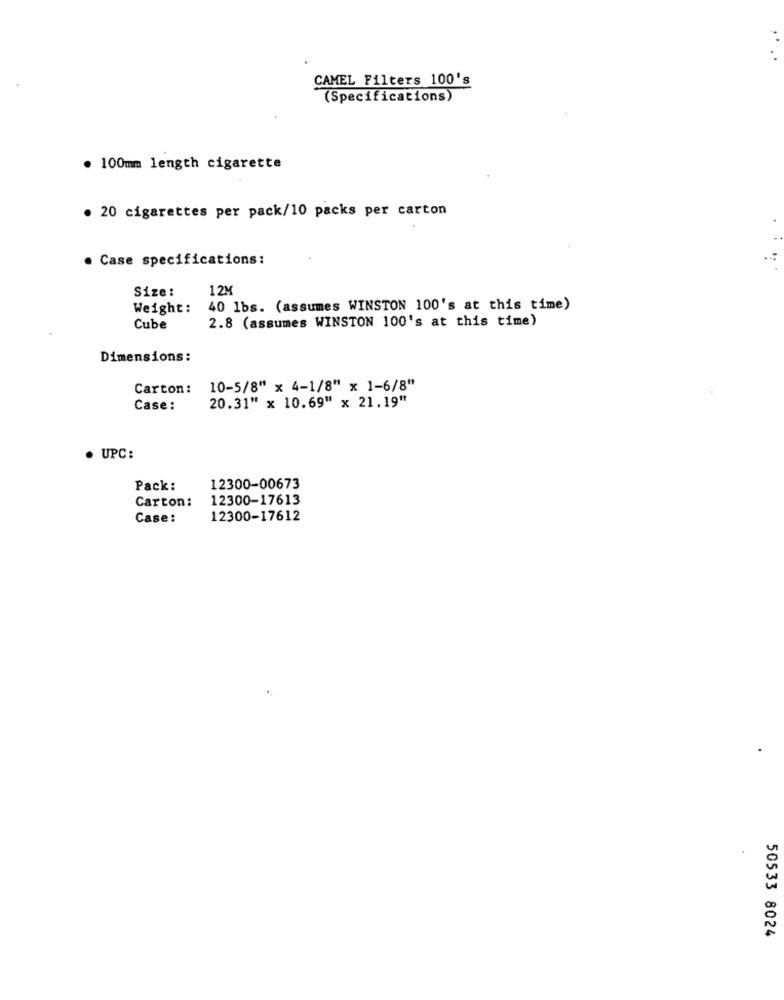
CAMEL Filters 100's
(Specifications)
100mm length cigarette
. 20 cigarettes per pack/10 packs per carton
. Case specifications:
Size:
12M
Weight:
40 1bs. (assumes WINSTON 100's at this time)
2.8 (assumes WINSTON 100's at this time)
Cube
Dimensions:
Carton:
10-5/8" x 4-1/8" x 1-6/8"
20.31" x 10.69" x 21.19"
Case:
· UPC:
Pack:
12300-00673
Carton:
12300-17613
Case:
12300-17612
50533 8024